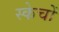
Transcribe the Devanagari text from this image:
स्केचों